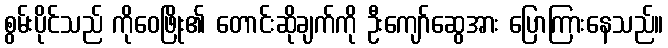
စွမ်းပိုင်သည် ကိုဝေဖြိုး၏ တောင်းဆိုချက်ကို ဦးကျော်ဆွေအား ပြောကြားနေသည်။